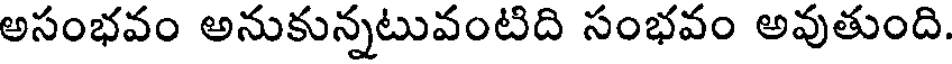
అసంభవం అనుకున్నటువంటిది సంభవం అవుతుంది.